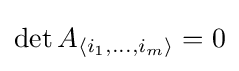
\det A_{\langle i_{1},\dots ,i_{m}\rangle }=0